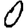
Digit: 0